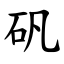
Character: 矾